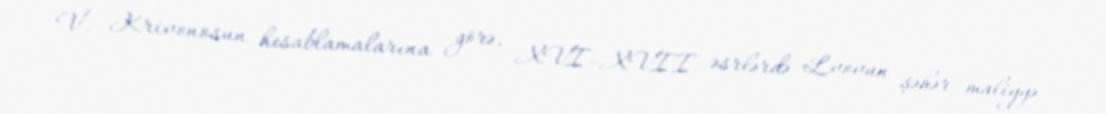
V. Krivonosun hesablamalarına görə, XVI–XVII əsrlərdə Lvovun şəhər maliyyə